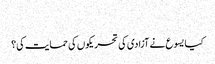
‏
کیا یسوع نے آزادی کی تحریکوں کی حمایت کی؟